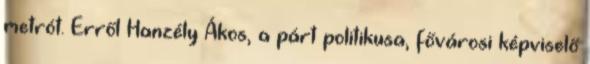
metrót. Erről Hanzély Ákos, a párt politikusa, fővárosi képviselő